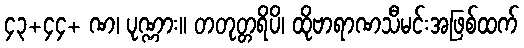
၄၃+၄၄+ ဏ၊ ပုဏ္ဏား။ တတုတ္တရိပိ၊ ထိုဗာရာဏသီမင်းအဖြစ်ထက်